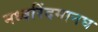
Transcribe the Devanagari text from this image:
मध्वरिंदमानघ